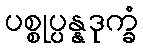
ပစ္စုပ္ပန္နဒုက္ခံ